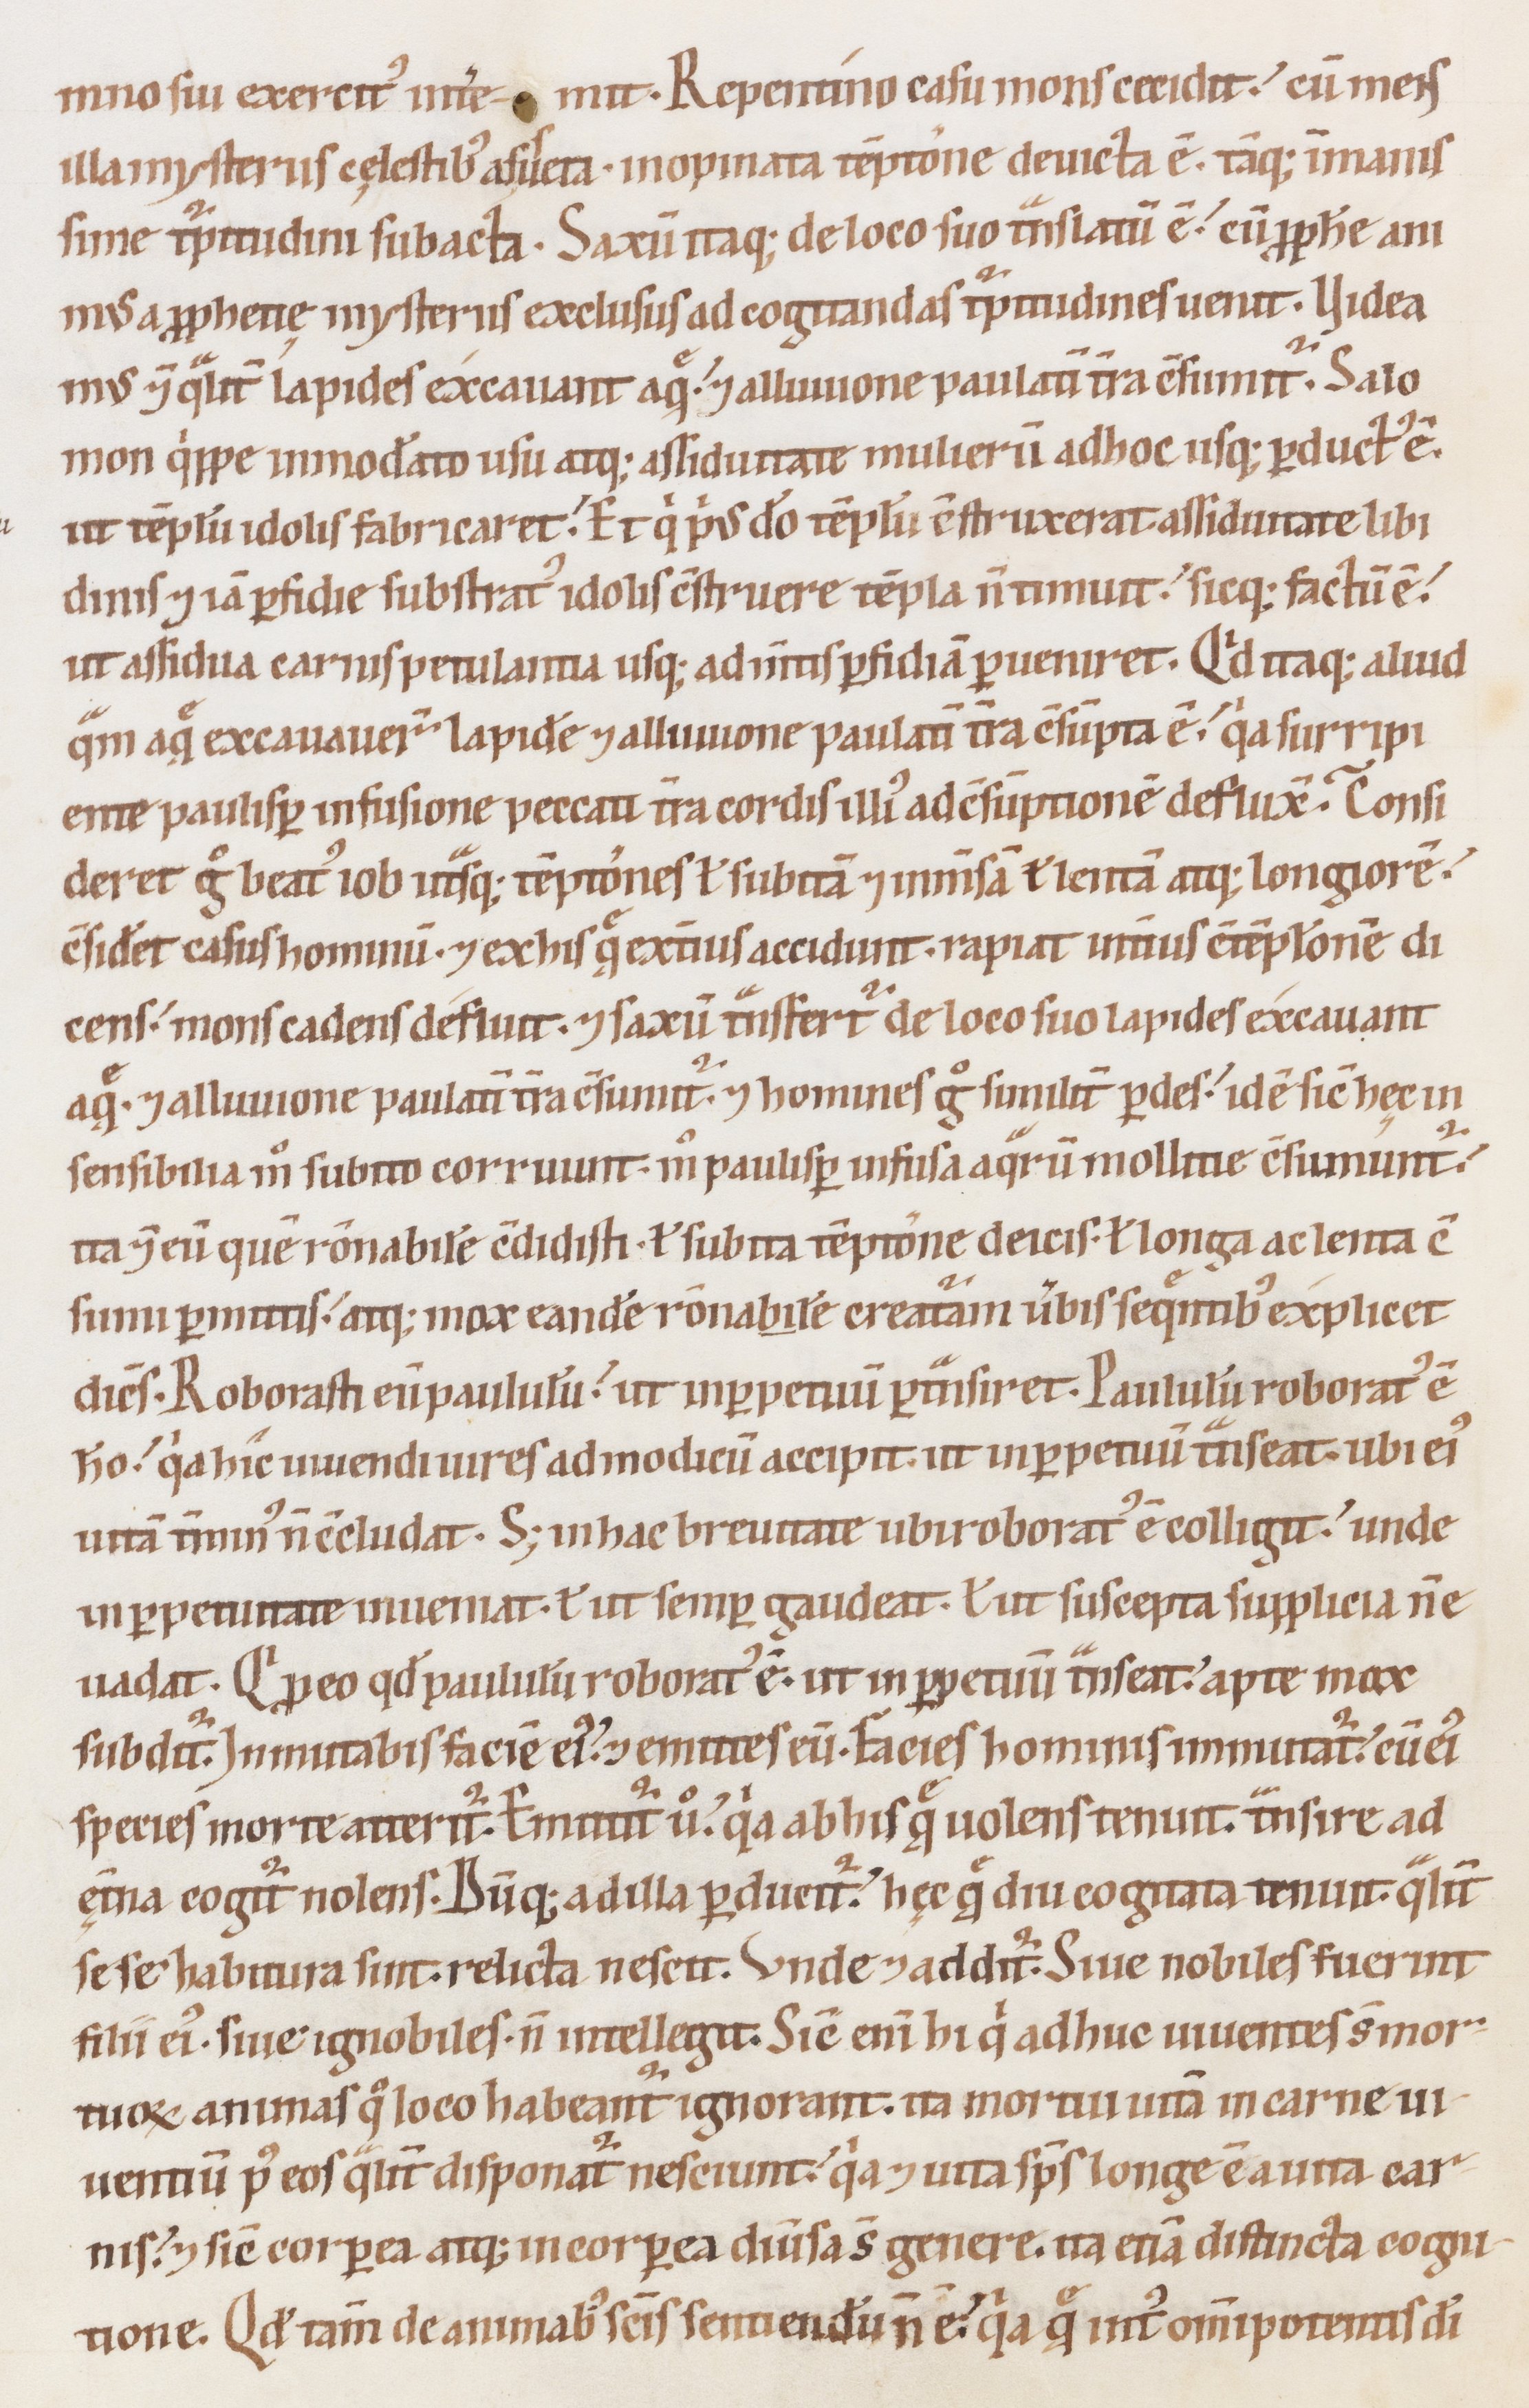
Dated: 1100–1199